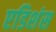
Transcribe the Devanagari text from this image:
एडिशंस